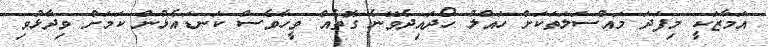
އަމާޒަކީ މިފަދަ މައްސަލަތަކަށް ހައްލު ހޯދައިދެވޭނެ ގޮތެއް ވީހާވެސް ކަނޑައެޅުން ކަމަށް ވިދާޅުވި